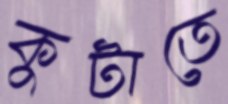
কুটাতে